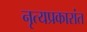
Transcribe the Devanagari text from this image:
नृत्यप्रकारांत